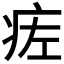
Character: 𬏢